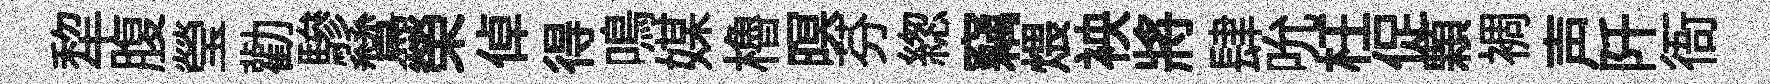
犂腹瑩勸驂鷥榮倬得鳴媒櫓暝芬緫竊煨䘧將肆吮枉促顆裯声阡衙